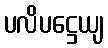
ပလိပဋ္ဌေယျ